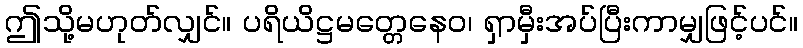
ဤသို့မဟုတ်လျှင်။ ပရိယိဋ္ဌမတ္တေနေဝ၊ ရှာမှီးအပ်ပြီးကာမျှဖြင့်ပင်။